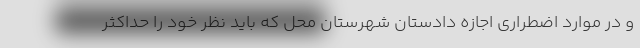
و در موارد اضطراری اجازه دادستان شهرستان محل که باید نظر خود را حداکثر